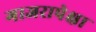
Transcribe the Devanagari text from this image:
गाजरापेक्षा